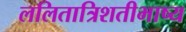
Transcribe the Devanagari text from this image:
ललितात्रिशतीभाष्य